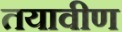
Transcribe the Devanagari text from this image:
तयावीण